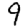
Digit: 9